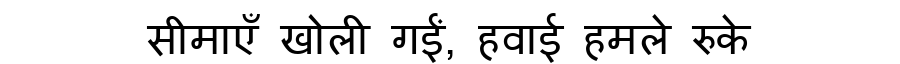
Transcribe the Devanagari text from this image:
सीमाएँ खोली गईं, हवाई हमले रुके